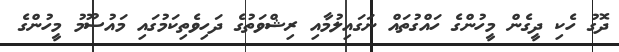
ދޮގު ހެކި ދީގެން މީހުންގެ ހައްގުތައް ނަގައިލުމާއި ރިޝްވަތުގެ ދަހިވެތިކަމުގައި މައުސޫމު މީހުންގެ